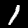
Digit: 1